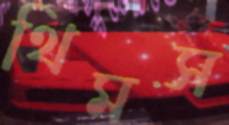
থিমস